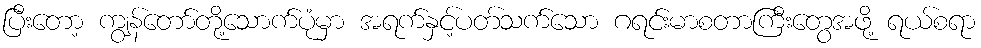
ပြီးတော့ ကျွန်တော်တို့သောက်ပုံမှာ အရက်နှင့်ပတ်သက်သော ဂရင်းမာစတာကြီးတွေအဖို့ ရယ်စရာ